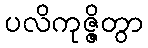
ပလိကုဇ္ဇိတွာ